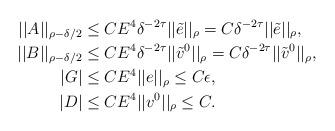
LaTeX: \begin{align*} ||A||_{\rho-\delta/2}&\le CE^4\delta^{-2\tau}||\tilde{e}||_{\rho}=C\delta^{-2\tau}||\tilde{e}||_{\rho},\\ ||B||_{\rho-\delta/2}&\le CE^4\delta^{-2\tau}||\tilde{v}^0||_{\rho}=C\delta^{-2\tau}||\tilde{v}^0||_{\rho},\\ |G| & \le CE^4||e||_{\rho}\le C\epsilon,\\ |D| & \le CE^4||v^0||_{\rho}\le C.\end{align*}